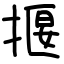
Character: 揠